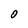
Character: O